Civil Veterinary Dept. Assam report 1927-50 - 1927-1950
Year: 1927
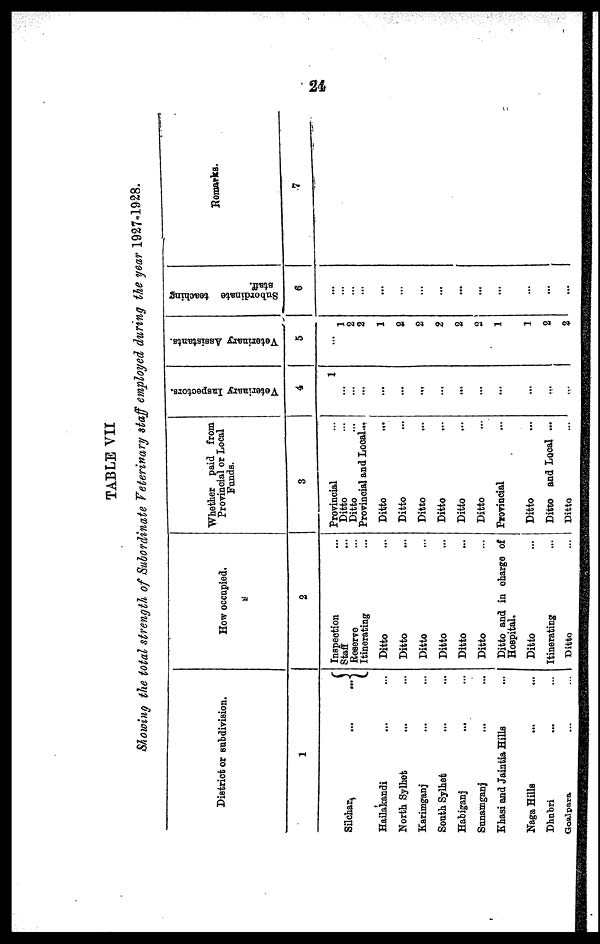
24
TABLE VII
Showing the total strength of Subordinate Veterinary staff employed during the year 1927-1928.
District or subdivision.
1
Silchar
...
...
Hailakandi ... ...
North Sylhet ... ...
Karimganj ... ...
South Sylhet ... ...
Habiganj
... ...
Sunamganj ... ...
Khasi and Jaintia Hills ...
Naga Hills ... ...
Dhubri
... ...
Goalpara ... ...
How occupied.
2
Inspection ...
Staff ...
Reserve ...
Itinerating ...
Ditto
Ditto ...
Ditto ...
Ditto ...
Ditto ...
Ditto ...
Ditto and in charge of
Hospital.
Ditto ...
Itinerating ...
Ditto ...
Whether paid from
Provincial or Local
Funds.
3
Provincial ...
Ditto ...
Ditto ...
Provincial and Local...
Ditto
...
Ditto ...
Ditto...
Ditto ...
Ditto ...
Ditto ...
Provincial ...
Ditto ...
Ditto and Local ...
Ditto ...
Veterinary Inspectors.
4
1
...
...
...
...
...
...
...
...
...
...
...
...
Veterinary Assistants.
5
...
1
2
2
1
2
2
2
2
2
1
1
2
2
Subordinate teaching
staff.
6
...
...
...
...
...
...
...
...
...
...
...
...
...
Remarks.
7